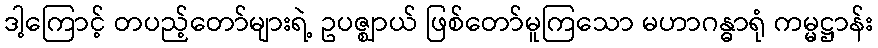
ဒါ့ကြောင့် တပည့်တော်များရဲ့ ဥပဇ္ဈာယ် ဖြစ်တော်မူကြသော မဟာဂန္ဓာရုံ ကမ္မဋ္ဌာန်း